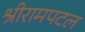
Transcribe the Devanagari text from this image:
श्रीरामपटल